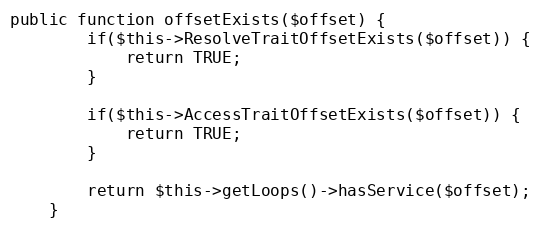
Language: PHP
public function offsetExists($offset) {
        if($this->ResolveTraitOffsetExists($offset)) {
            return TRUE;
        }

        if($this->AccessTraitOffsetExists($offset)) {
            return TRUE;
        }

        return $this->getLoops()->hasService($offset);
    }